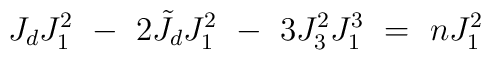
J_d J^2_1\ -\ 2 \tilde J_d J^2_1\ -\ 3 J^2_3 J^3_1\ = \ n J^2_1